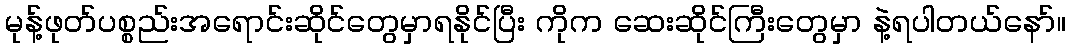
မုန့်ဖုတ်ပစ္စည်းအရောင်းဆိုင်တွေမှာရနိုင်ပြီး ကိုက ဆေးဆိုင်ကြီးတွေမှာ နဲ့ရပါတယ်နော်။